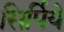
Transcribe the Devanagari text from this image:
सिर्पिये